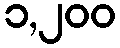
၁,၂၀၀